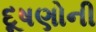
દૂષણોની